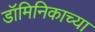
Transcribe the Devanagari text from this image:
डॉमिनिकाच्या